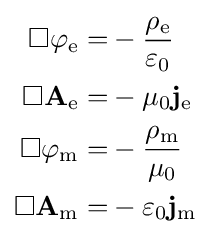
{\begin{aligned}\Box \varphi _{\mathrm {e} }=&-{\frac {\rho _{\mathrm {e} }}{\varepsilon _{0}}}\\\Box \mathbf {A} _{\mathrm {e} }=&-\mu _{0}\mathbf {j} _{\mathrm {e} }\\\Box \varphi _{\mathrm {m} }=&-{\frac {\rho _{\mathrm {m} }}{\mu _{0}}}\\\Box \mathbf {A} _{\mathrm {m} }=&-\varepsilon _{0}\mathbf {j} _{\mathrm {m} }\\\end{aligned}}